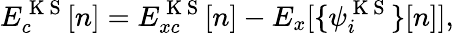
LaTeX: E_{c}^{\mathrm{~K~S~}}[n]=E_{xc}^{\mathrm{~K~S~}}[n]-E_{x}[\{ \psi_{i}^{\mathrm{~K~S~}}\} [n]],